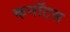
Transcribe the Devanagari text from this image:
कनॉटस